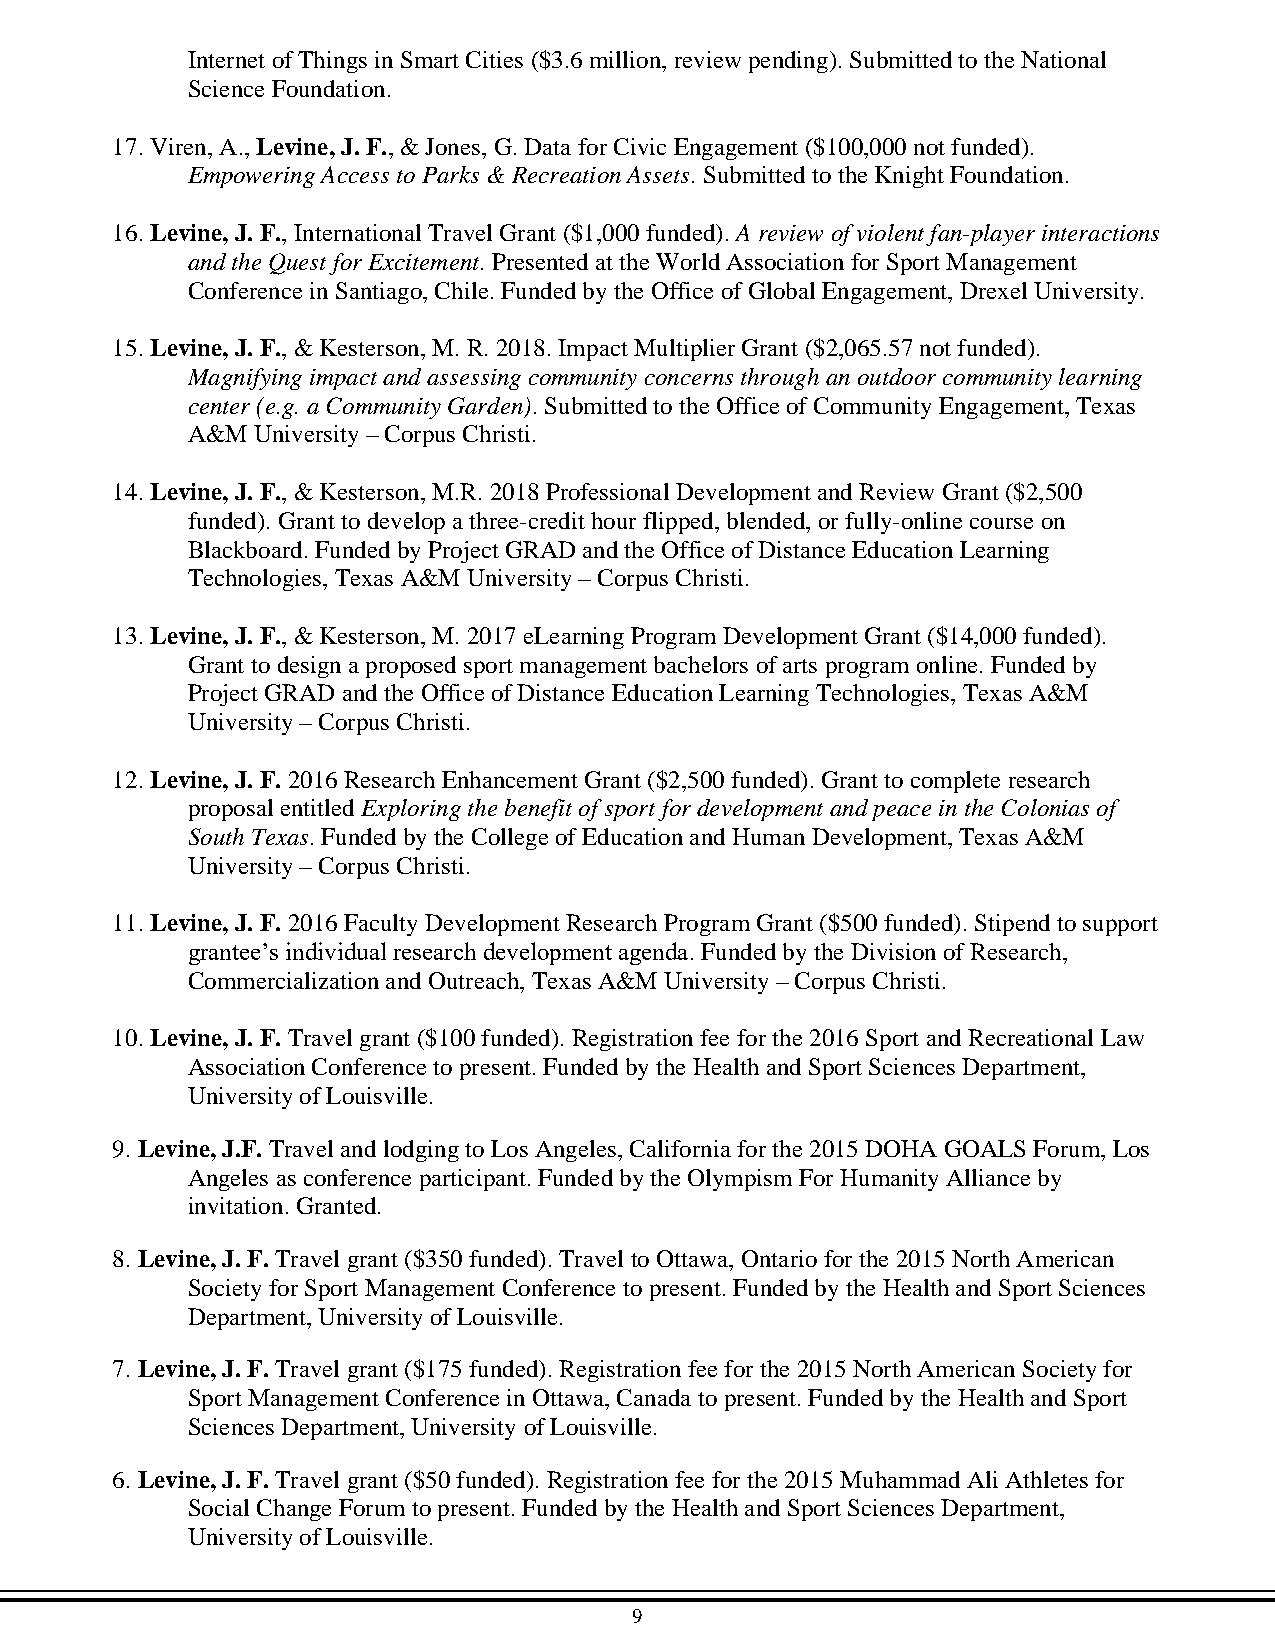
Internet of Things in Smart Cities ($3.6 million, review pending). Submitted to the National
 Science Foundation.
 17. Viren, A., Levine, J. F., & Jones, G. Data for Civic Engagement ($100,000 not funded).
 Empowering Access to Parks & Recreation Assets. Submitted to the Knight Foundation.
 16. Levine, J. F., International Travel Grant ($1,000 funded). A review of violent fan-player interactions
 and the Quest for Excitement. Presented at the World Association for Sport Management
 Conference in Santiago, Chile. Funded by the Office of Global Engagement, Drexel University.
 15. Levine, J. F., & Kesterson, M. R. 2018. Impact Multiplier Grant ($2,065.57 not funded).
 Magnifying impact and assessing community concerns through an outdoor community learning
 center (e.g. a Community Garden). Submitted to the Office of Community Engagement, Texas
 A&M  University – Corpus Christi.
 14. Levine, J. F., & Kesterson, M.R. 2018 Professional Development and Review Grant ($2,500
 funded). Grant to develop a three-credit hour flipped, blended, or fully-online course on
 Blackboard. Funded by Project GRAD and the Office of Distance Education Learning
 Technologies, Texas A&M University – Corpus Christi.
 13. Levine, J. F., & Kesterson, M. 2017 eLearning Program Development Grant ($14,000 funded).
 Grant to design a proposed sport management bachelors of arts program online. Funded by
 Project GRAD and the Office of Distance Education Learning Technologies, Texas A&M
 University – Corpus Christi.
 12. Levine, J. F. 2016 Research Enhancement Grant ($2,500 funded). Grant to complete research
 proposal entitled Exploring the benefit of sport for development and peace in the Colonias of
 South Texas. Funded by the College of Education and Human Development, Texas A&M
 University – Corpus Christi.
 11. Levine, J. F. 2016 Faculty Development Research Program Grant ($500 funded). Stipend to support
 grantee’s individual research development agenda. Funded by the Division of Research,
 Commercialization and Outreach, Texas A&M University – Corpus Christi.
 10. Levine, J. F. Travel grant ($100 funded). Registration fee for the 2016 Sport and Recreational Law
 Association Conference to present. Funded by the Health and Sport Sciences Department,
 University of Louisville.
 9. Levine, J.F. Travel and lodging to Los Angeles, California for the 2015 DOHA GOALS Forum, Los
 Angeles as conference participant. Funded by the Olympism For Humanity Alliance by
 invitation. Granted.
 8. Levine, J. F. Travel grant ($350 funded). Travel to Ottawa, Ontario for the 2015 North American
 Society for Sport Management Conference to present. Funded by the Health and Sport Sciences
 Department, University of Louisville.
 7. Levine, J. F. Travel grant ($175 funded). Registration fee for the 2015 North American Society for
 Sport Management Conference in Ottawa, Canada to present. Funded by the Health and Sport
 Sciences Department, University of Louisville.
 6. Levine, J. F. Travel grant ($50 funded). Registration fee for the 2015 Muhammad Ali Athletes for
 Social Change Forum to present. Funded by the Health and Sport Sciences Department,
 University of Louisville.
 9